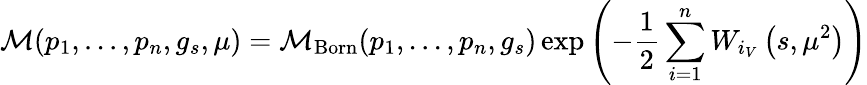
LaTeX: {\cal M}(p_{1},...,p_{n},g_{s},\mu)={\cal M}_{\mathrm{Born}}(p_{1},...,p_{n},g_{s})\exp\left(-\frac{1}{2}\sum_{i=1}^{n}W_{i_{V}}\left(s,\mu^{2}\right)\right)